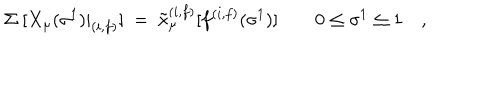
\Sigma ~ [ X _ { \mu } ( \sigma ^ { 1 } ) | _ { ( i , f ) } ] ~ = ~ { \tilde { x } } _ { \mu } ^ { ( i , f ) } [ f ^ { ( i , f ) } ( \sigma ^ { 1 } ) ] \quad \quad 0 \le \sigma ^ { 1 } \le 1 \quad ,